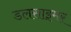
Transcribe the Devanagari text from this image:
डलसाइमर